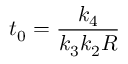
t _ { 0 } = \frac { k _ { 4 } } { k _ { 3 } k _ { 2 } R }